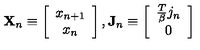
\mathbf { X } _ { n } \equiv \left[ \begin{array} { c } { x _ { n + 1 } } \\ { x _ { n } } \\ \end{array} \right] , \mathbf { J } _ { n } \equiv \left[ \begin{array} { c } { \frac T \beta j _ { n } } \\ { 0 } \\ \end{array} \right]